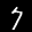
Label: 7